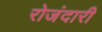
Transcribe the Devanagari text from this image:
रोजंदारी